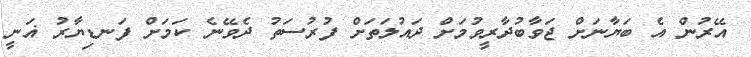
އޭރުން އެ ބަޔާނަށް ޖަވާބުދާރީވުމަށް ދައުލަތަށް ފުރުސަތު ދެވޭނެ ކަމަށް ފަނޑިޔާރު ޣަނީ